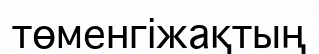
төменгіжақтың